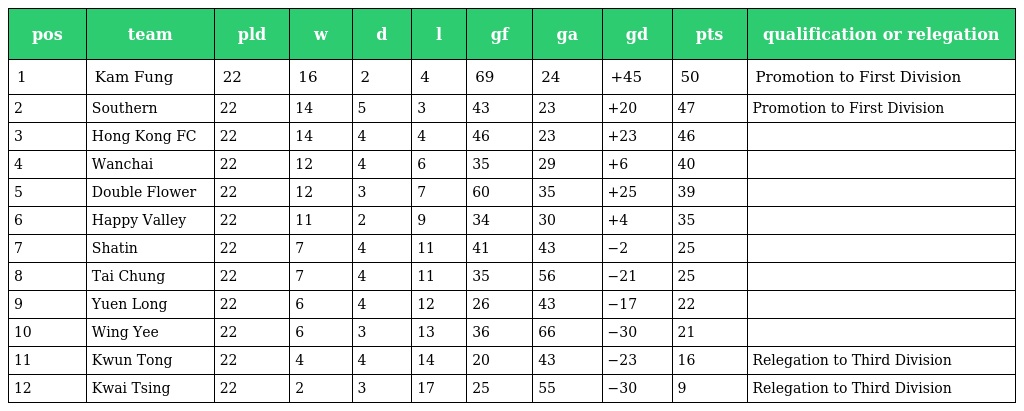
| pos | team | pld | w | d | l | gf | ga | gd | pts | qualification or relegation |
 | --- | --- | --- | --- | --- | --- | --- | --- | --- | --- | --- |
 | 1 | Kam Fung | 22 | 16 | 2 | 4 | 69 | 24 | +45 | 50 | Promotion to First Division |
 | 2 | Southern | 22 | 14 | 5 | 3 | 43 | 23 | +20 | 47 | Promotion to First Division |
 | 3 | Hong Kong FC | 22 | 14 | 4 | 4 | 46 | 23 | +23 | 46 |  |
 | 4 | Wanchai | 22 | 12 | 4 | 6 | 35 | 29 | +6 | 40 |  |
 | 5 | Double Flower | 22 | 12 | 3 | 7 | 60 | 35 | +25 | 39 |  |
 | 6 | Happy Valley | 22 | 11 | 2 | 9 | 34 | 30 | +4 | 35 |  |
 | 7 | Shatin | 22 | 7 | 4 | 11 | 41 | 43 | −2 | 25 |  |
 | 8 | Tai Chung | 22 | 7 | 4 | 11 | 35 | 56 | −21 | 25 |  |
 | 9 | Yuen Long | 22 | 6 | 4 | 12 | 26 | 43 | −17 | 22 |  |
 | 10 | Wing Yee | 22 | 6 | 3 | 13 | 36 | 66 | −30 | 21 |  |
 | 11 | Kwun Tong | 22 | 4 | 4 | 14 | 20 | 43 | −23 | 16 | Relegation to Third Division |
 | 12 | Kwai Tsing | 22 | 2 | 3 | 17 | 25 | 55 | −30 | 9 | Relegation to Third Division |